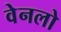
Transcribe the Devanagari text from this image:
वेनलो